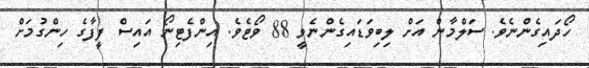
ހޯދައިގެންނެވެ. ސަލްމާން އަށް ލިބިވަޑައިގެންނެވީ 88 ވޯޓެވެ. އިންފެޓިނޯ އައިސް ފީފާގެ ހިންގުމަށް